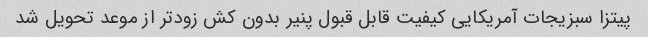
پیتزا سبزیجات آمریکایی کیفیت قابل قبول پنیر بدون کش زودتر از موعد تحویل شد